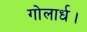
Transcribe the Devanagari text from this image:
गोलार्ध।